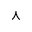
\curlywedge